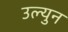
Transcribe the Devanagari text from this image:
उल्युन